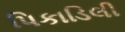
પિકાડિલી